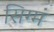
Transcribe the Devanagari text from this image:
सिग्मं